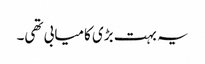
یہ بہت بڑی کامیابی تھی۔